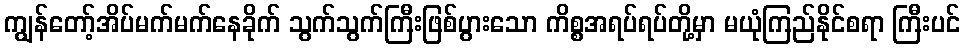
ကျွန်တော့်အိပ်မက်မက်နေခိုက် သွက်သွက်ကြီးဖြစ်ပွားသော ကိစ္စအရပ်ရပ်တို့မှာ မယုံကြည်နိုင်စရာ ကြီးပင်